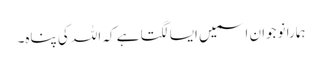
ہمارا نوجوان اسمیں ایسا لگتا ہے کہ اللہ کی پناہ۔